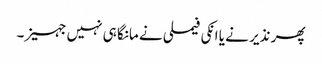
پھر نذیر نے یا انکی فیملی نے مانگا ہی نہیں جہیز۔